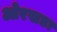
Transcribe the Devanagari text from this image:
ओरखडा